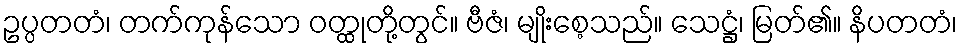
ဥပ္ပတတံ၊ တက်ကုန်သော ဝတ္ထုတို့တွင်။ ဗီဇံ၊ မျိုးစေ့သည်။ သေဋ္ဌံ၊ မြတ်၏။ နိပတတံ၊